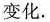
变化.